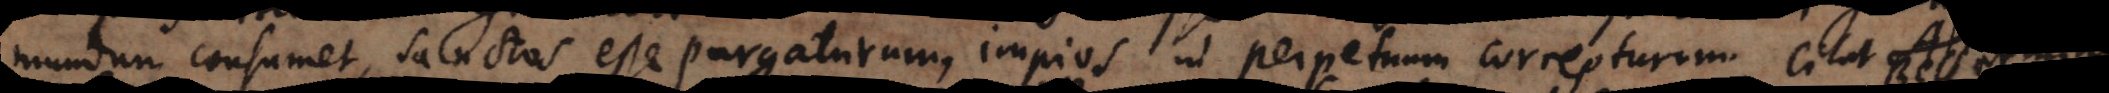
m consumet, sanctos esse purgaturum, impios in perpetuum correpturum. Alter